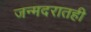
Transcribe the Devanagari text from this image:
जन्मदरातही